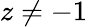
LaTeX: z\neq-1